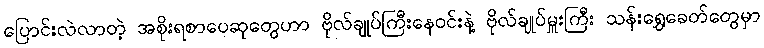
ပြောင်းလဲလာတဲ့ အစိုးရစာပေဆုတွေဟာ ဗိုလ်ချုပ်ကြီးနေဝင်းနဲ့ ဗိုလ်ချုပ်မှူးကြီး သန်းရွှေခေတ်တွေမှာ